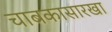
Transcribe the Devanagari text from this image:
चाबकासारखा